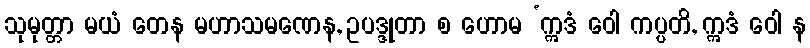
သုမုတ္တာ မယံ တေန မဟာသမဏေန, ဥပဒ္ဒုတာ စ ဟောမ ‘ဣဒံ ဝေါ ကပ္ပတိ, ဣဒံ ဝေါ န